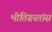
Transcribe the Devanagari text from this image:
भीतिग्रस्तांस